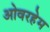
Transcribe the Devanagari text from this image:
ओवरहेम